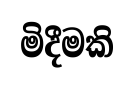
මිදීමකි